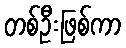
တစ်ဦးဖြစ်ကာ